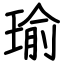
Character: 瑜